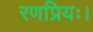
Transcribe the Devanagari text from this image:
रणप्रियः।